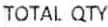
TOTAL QTY